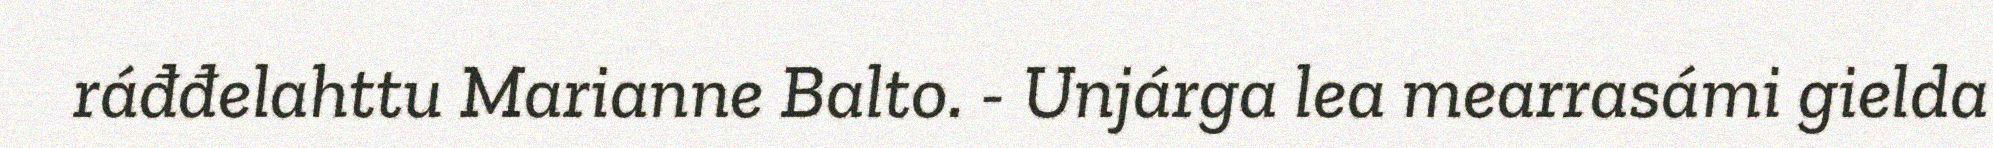
ráđđelahttu Marianne Balto. - Unjárga lea mearrasámi gielda